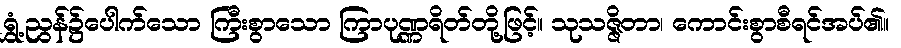
ရွှံ့ညွန်၌ပေါက်သော ကြီးစွာသော ကြာပုဏ္ဏရိတ်တို့ဖြင့်။ သုသဇ္ဇိတာ၊ ကောင်းစွာစီရင်အပ်၏။